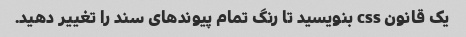
یک قانون css بنویسید تا رنگ تمام پیوندهای سند را تغییر دهید.